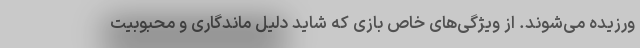
ورزیده می‌شوند. از ویژگی‌های خاص بازی که شاید دلیل ماندگاری و محبوبیت